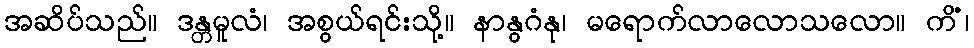
အဆိပ်သည်။ ဒန္တမူလံ၊ အစွယ်ရင်းသို့။ နာနွဂံနု၊ မရောက်လာလောသလော။ ကိံ၊